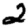
Digit: 2